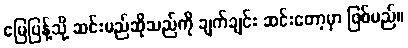
မြေပြန့်သို့ ဆင်းမည်ဆိုသည်ကို ချက်ချင်း ဆင်းတော့မှာ ဖြစ်မည်။